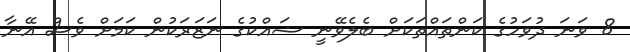
8 ވަނަ ދުވަހުގެ ކަންތައްތަކަށް ބެލެވޭނީ ޝައްކުގެ ނަޒަރަކުން ކަމަށް ވެސް އޭނާ